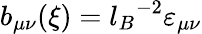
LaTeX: b_{\mu\nu}(\xi)={l_{B}}^{-2}\varepsilon_{\mu\nu}